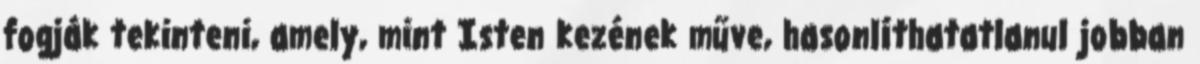
fogják tekinteni, amely, mint Isten kezének műve, hasonlíthatatlanul jobban